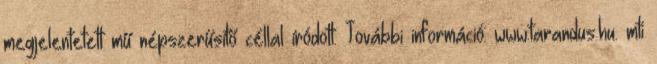
megjelentetett mű népszerűsítő céllal íródott. További információ: www.tarandus.hu. mti